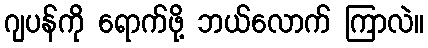
ဂျပန်ကို ရောက်ဖို့ ဘယ်လောက် ကြာလဲ။